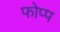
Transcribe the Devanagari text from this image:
फोप्प